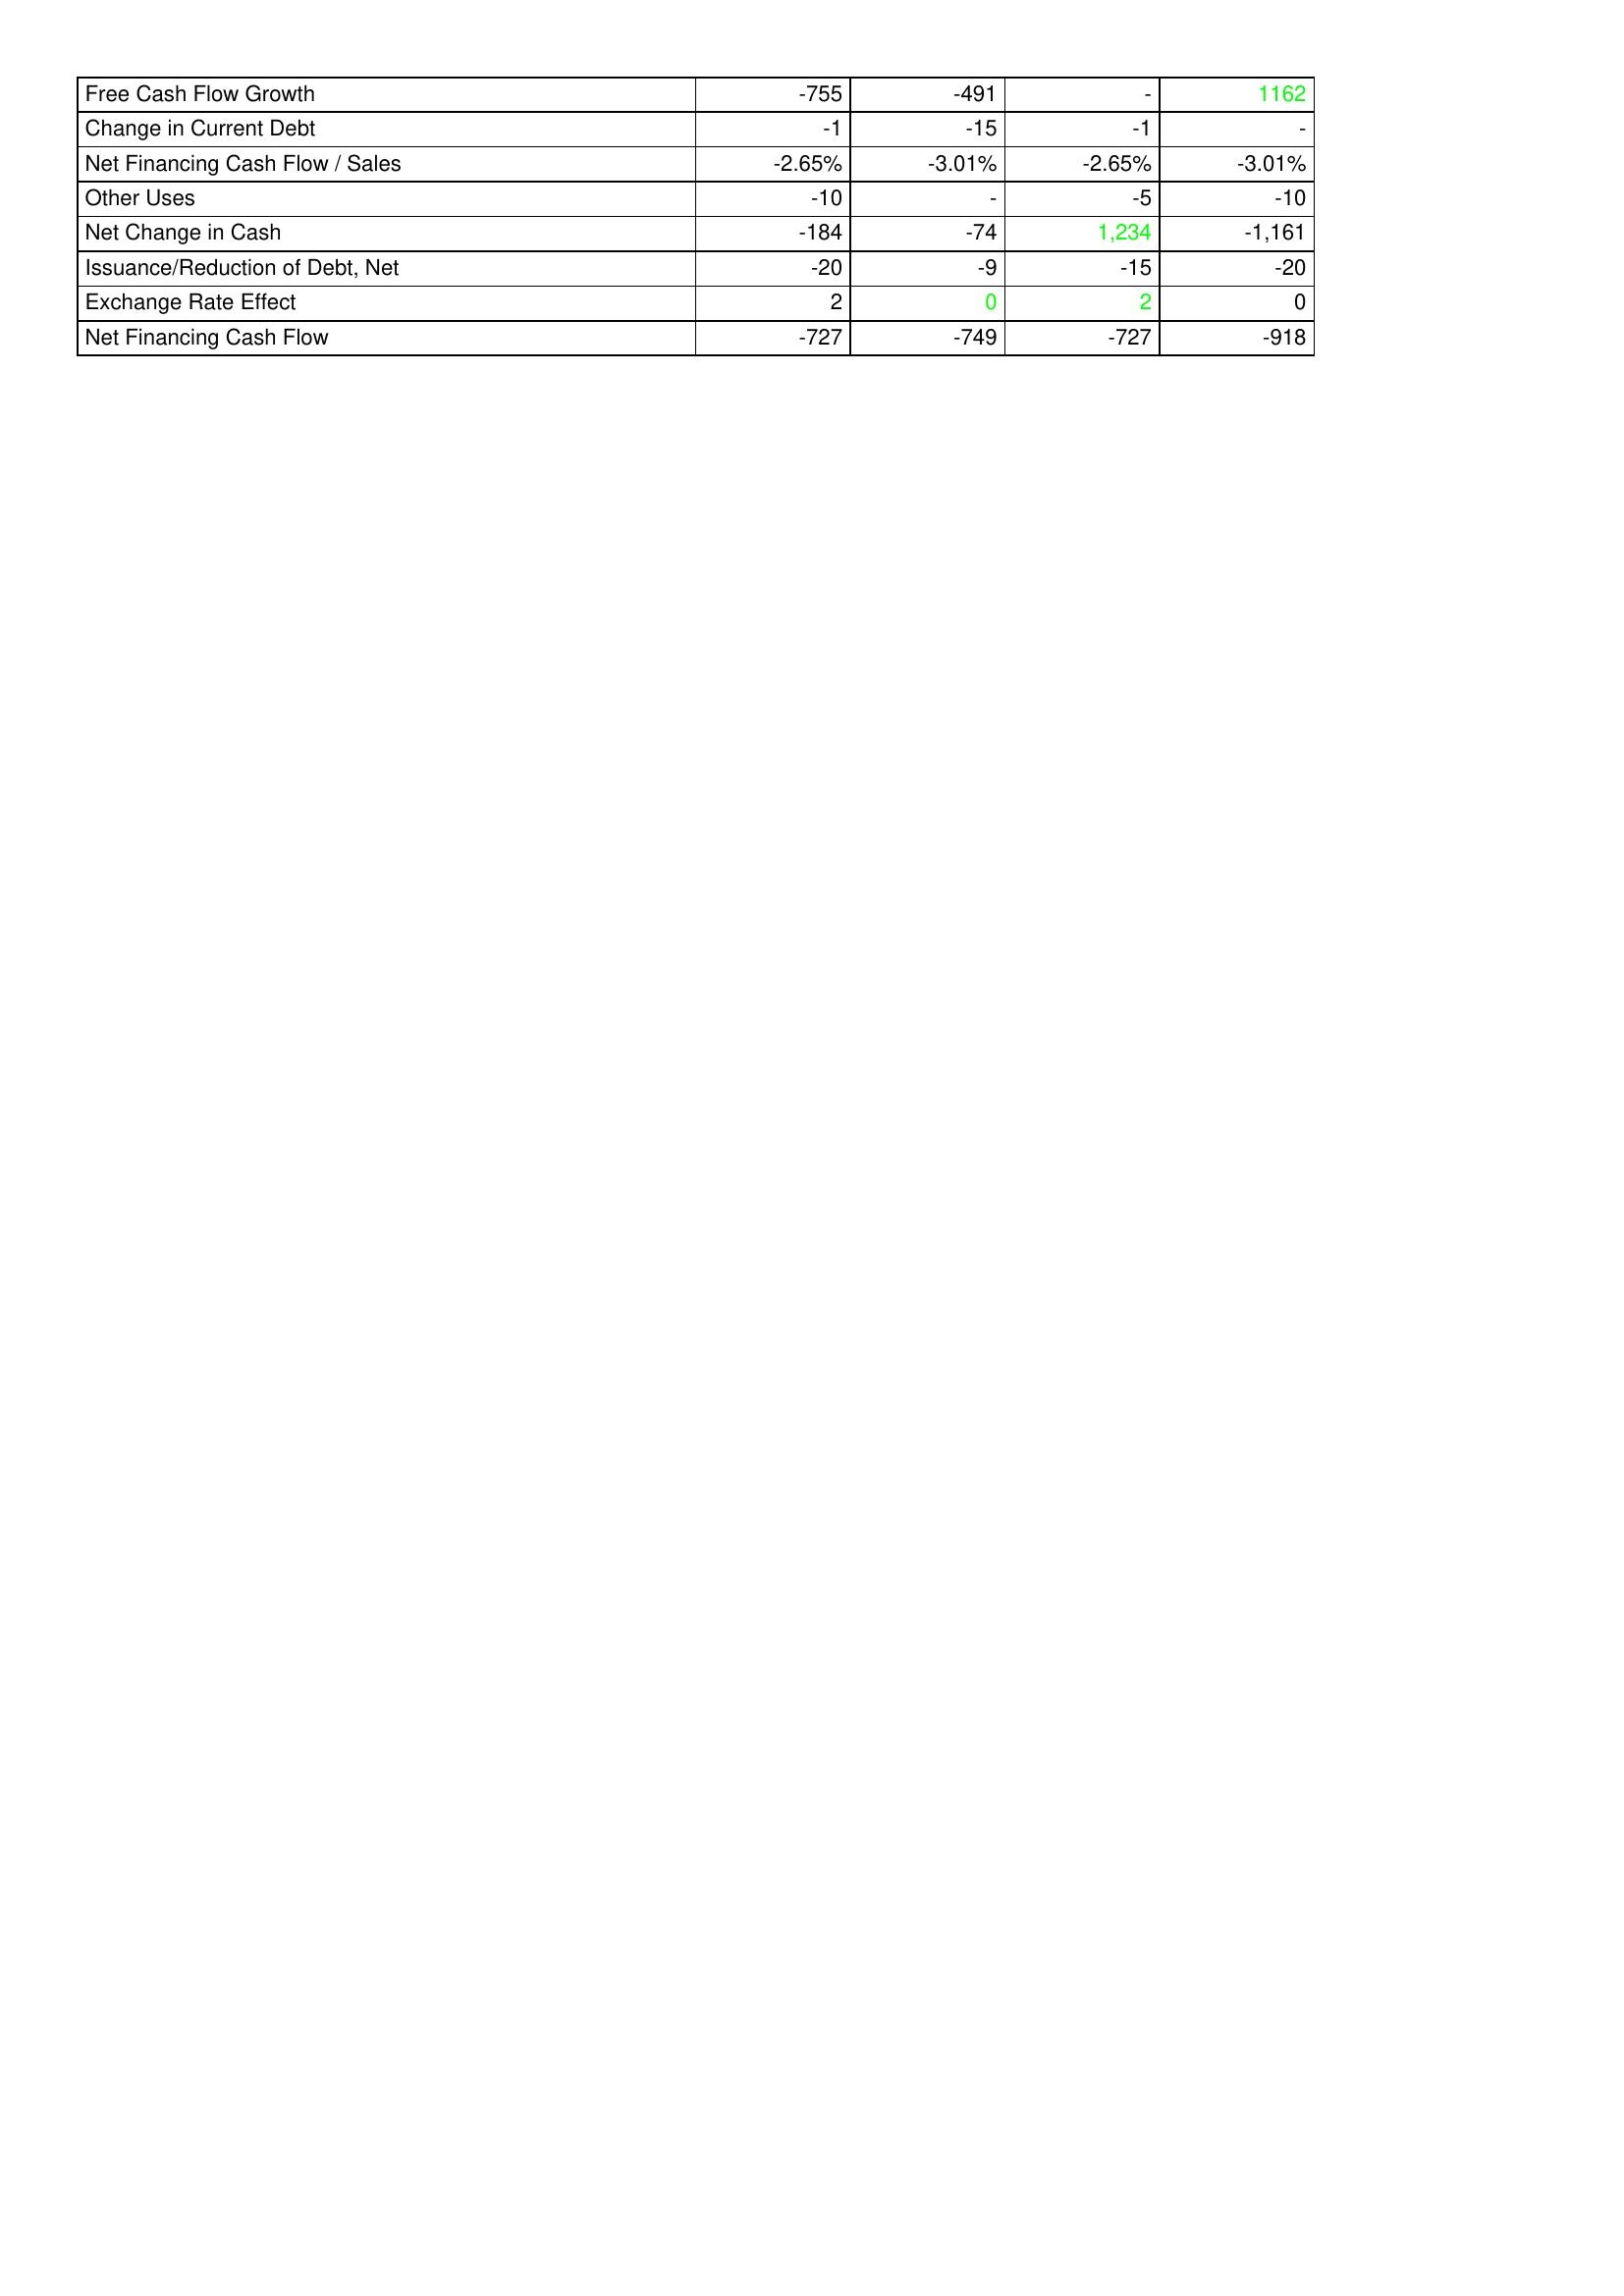
gt_parse: 2008: Financing Activities: Free Cash Flow Growth: -755
Change in Current Debt: -1
Net Financing Cash Flow / Sales: -2.65%
Other Uses: -10
Net Change in Cash: -184
Issuance/Reduction of Debt, Net: -20
Exchange Rate Effect: 2
Net Financing Cash Flow: -727
2009: Financing Activities: Free Cash Flow Growth: -491
Change in Current Debt: -15
Net Financing Cash Flow / Sales: -3.01%
Other Uses: -
Net Change in Cash: -74
Issuance/Reduction of Debt, Net: -9
Exchange Rate Effect: 0
Net Financing Cash Flow: -749
2010: Financing Activities: Free Cash Flow Growth: -
Change in Current Debt: -1
Net Financing Cash Flow / Sales: -2.65%
Other Uses: -5
Net Change in Cash: 1,234
Issuance/Reduction of Debt, Net: -15
Exchange Rate Effect: 2
Net Financing Cash Flow: -727
2011: Financing Activities: Free Cash Flow Growth: 1162
Change in Current Debt: -
Net Financing Cash Flow / Sales: -3.01%
Other Uses: -10
Net Change in Cash: -1,161
Issuance/Reduction of Debt, Net: -20
Exchange Rate Effect: 0
Net Financing Cash Flow: -918